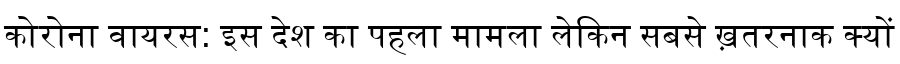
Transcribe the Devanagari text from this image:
कोरोना वायरस: इस देश का पहला मामला लेकिन सबसे ख़तरनाक क्यों